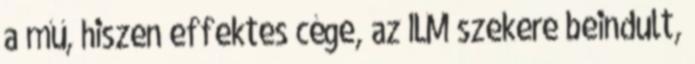
a mű, hiszen effektes cége, az ILM szekere beindult,